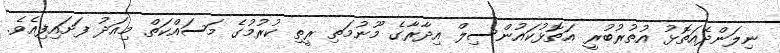
ނިލަންދެއަތޮޅު އުތުރުބުރީ އަތޮޅުކައުންސިލް އިދާރާގެ މޫނުމަތި ރީތި ކުރުމުގެ މަސައްކަތް މިއަދު ފަށައިފިއެވެ.